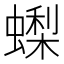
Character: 蟍